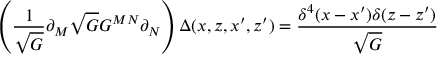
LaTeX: \left( \frac { 1 } { \sqrt { G } } \partial _ { M } \sqrt { G } G ^ { M N } \partial _ { N } \right) \Delta ( x , z , x ^ { \prime } , z ^ { \prime } ) = \frac { \delta ^ { 4 } ( x - x ^ { \prime } ) \delta ( z - z ^ { \prime } ) } { \sqrt { G } }